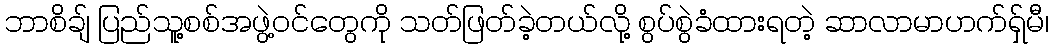
ဘာစိချ် ပြည်သူ့စစ်အဖွဲ့ဝင်တွေကို သတ်ဖြတ်ခဲ့တယ်လို့ စွပ်စွဲခံထားရတဲ့ ဆာလာမာဟက်ရှ်မီ၊